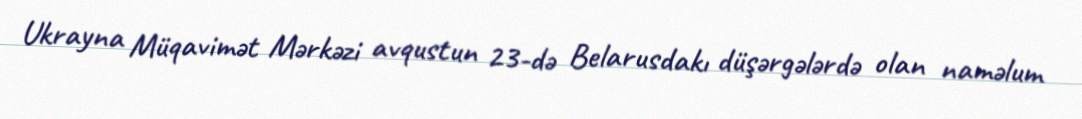
Ukrayna Müqavimət Mərkəzi avqustun 23-də Belarusdakı düşərgələrdə olan naməlum